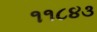
૧૧૮૪૩